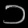
Digit: ၁